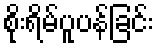
စိုးရိမ်ပူပန်ခြင်း